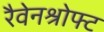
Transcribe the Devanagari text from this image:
रैवेनश्रोफ्ट